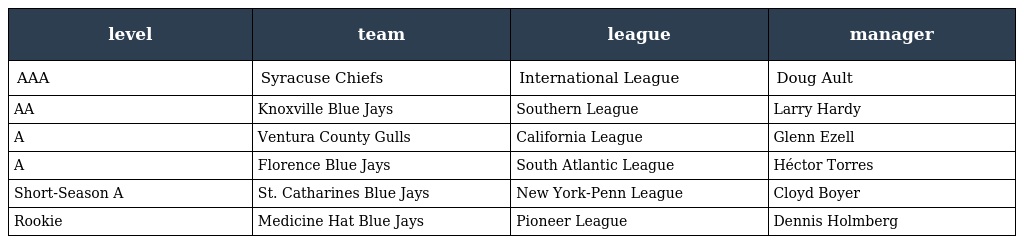
| level | team | league | manager |
 | --- | --- | --- | --- |
 | AAA | Syracuse Chiefs | International League | Doug Ault |
 | AA | Knoxville Blue Jays | Southern League | Larry Hardy |
 | A | Ventura County Gulls | California League | Glenn Ezell |
 | A | Florence Blue Jays | South Atlantic League | Héctor Torres |
 | Short-Season A | St. Catharines Blue Jays | New York-Penn League | Cloyd Boyer |
 | Rookie | Medicine Hat Blue Jays | Pioneer League | Dennis Holmberg |